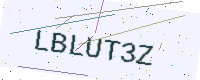
Text: LBLUT3Z